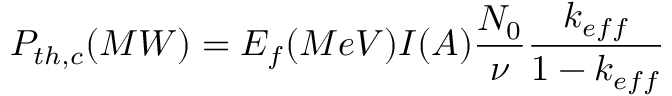
P _ { t h , c } ( M W ) = E _ { f } ( M e V ) I ( A ) \frac { N _ { 0 } } { \nu } \frac { k _ { e f f } } { 1 - k _ { e f f } }